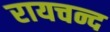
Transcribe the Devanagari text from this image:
रायचन्द